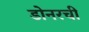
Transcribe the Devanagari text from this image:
डोनरची